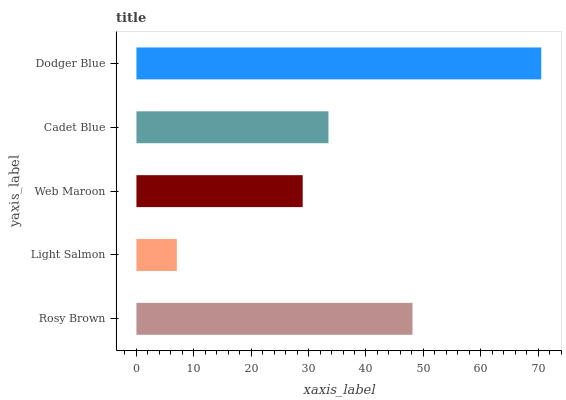
| yaxis_label | bars |
 | --- | --- |
 | Rosy Brown | 48.1 |
 | Light Salmon | 7.04 |
 | Web Maroon | 29 |
 | Cadet Blue | 33.5 |
 | Dodger Blue | 70.6 |